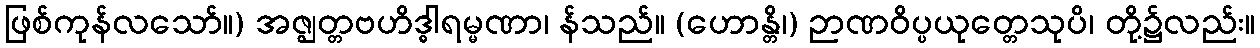
ဖြစ်ကုန်လသော်။) အဇ္ဈတ္တဗဟိဒ္ဓါရမ္မဏာ၊ န်သည်။ (ဟောန္တိ၊) ဉာဏဝိပ္ပယုတ္တေသုပိ၊ တို့၌လည်း။